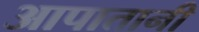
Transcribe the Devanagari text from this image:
आपातानी